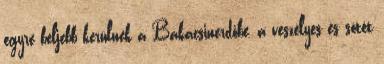
egyre beljebb kerülnek a Bakacsinerdőbe, a veszélyes és sötét